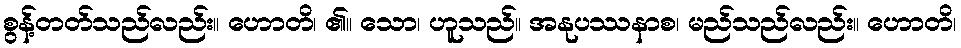
စွန့်တတ်သည်လည်း။ ဟောတိ၊ ၏။ သော၊ ဟူသည်။ အနုပဿနာစ၊ မည်သည်လည်း။ ဟောတိ၊